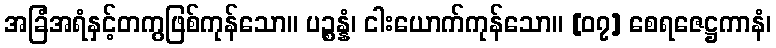
အခြံအရံနှင့်တကွဖြစ်ကုန်သော။ ပဉ္စန္နံ၊ ငါးယောက်ကုန်သော။ [၀၇] စေရဇေဋ္ဌကာနံ၊